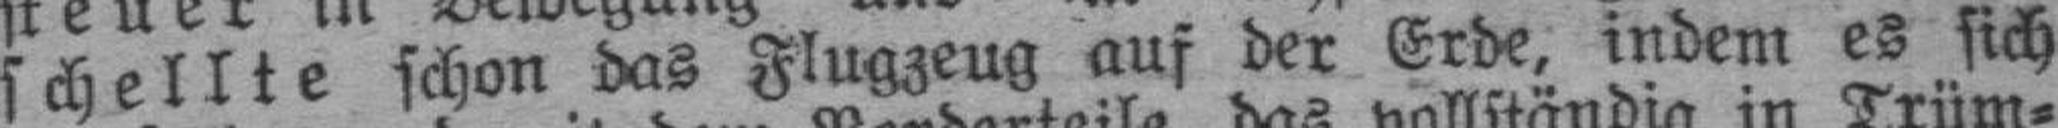
schellte schon das Flugzeug auf der Erde, indem es sich